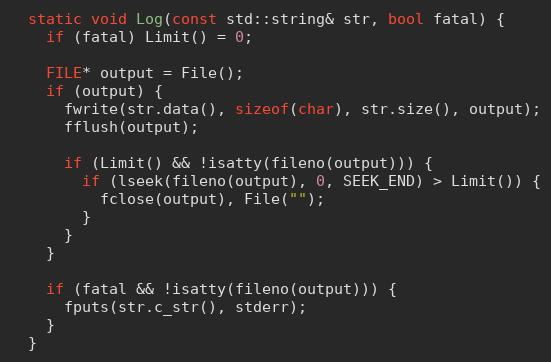
Language: C
  static void Log(const std::string& str, bool fatal) {
    if (fatal) Limit() = 0;

    FILE* output = File();
    if (output) {
      fwrite(str.data(), sizeof(char), str.size(), output);
      fflush(output);

      if (Limit() && !isatty(fileno(output))) {
        if (lseek(fileno(output), 0, SEEK_END) > Limit()) {
          fclose(output), File("");
        }
      }
    }

    if (fatal && !isatty(fileno(output))) {
      fputs(str.c_str(), stderr);
    }
  }